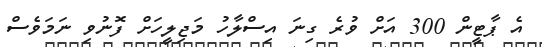
އެ ޕާޓީން 300 އަށް ވުރެ ގިނަ އިސްލާހު މަޖިލީހަށް ފޮނުވި ނަމަވެސް